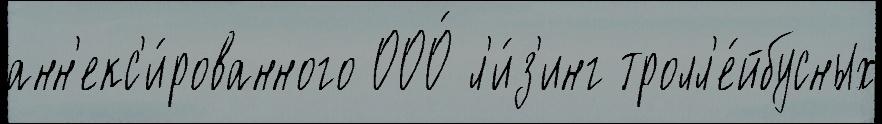
анн'екс'и́рованного ООО́ л'и́з'инг тролл'е́йбусных